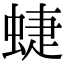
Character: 蜨